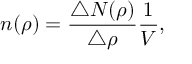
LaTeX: n ( \rho ) = \frac { \triangle N ( \rho ) } { \triangle \rho } \frac { 1 } { V } ,